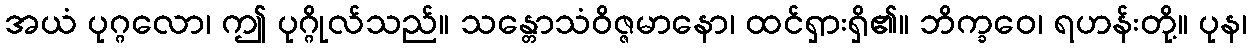
အယံ ပုဂ္ဂလော၊ ဤ ပုဂ္ဂိုလ်သည်။ သန္တောသံဝိဇ္ဇမာနော၊ ထင်ရှားရှိ၏။ ဘိက္ခဝေ၊ ရဟန်းတို့။ ပုန၊